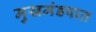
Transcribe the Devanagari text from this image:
मुखमंडपात